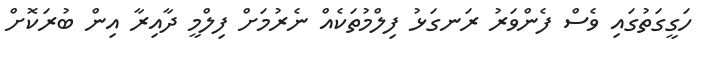
ހަގީގަތުގައި ވެސް ފެންވަރު ރަނގަޅު ފިލްމުތަކެއް ނެރުމަށް ފިލްމީ ދާއިރާ އިން ބުރަކޮށް